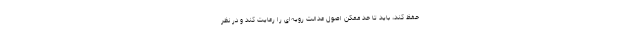
حفظ کند، باید تا حد ممکن اصول عدالت رویه‌ای را رعایت کند و در نظر